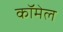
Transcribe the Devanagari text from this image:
कॉमेल